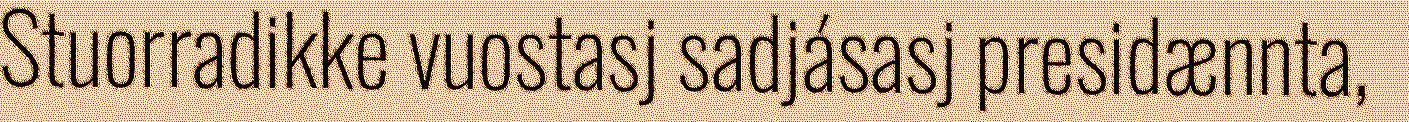
Stuorradikke vuostasj sadjásasj presidænnta,